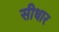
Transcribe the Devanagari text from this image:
सीधार